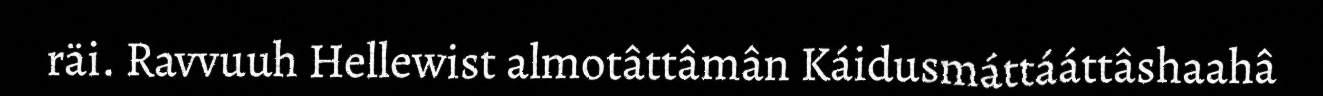
räi. Ravvuuh Hellewist almotâttâmân Káidusmáttááttâshaahâ